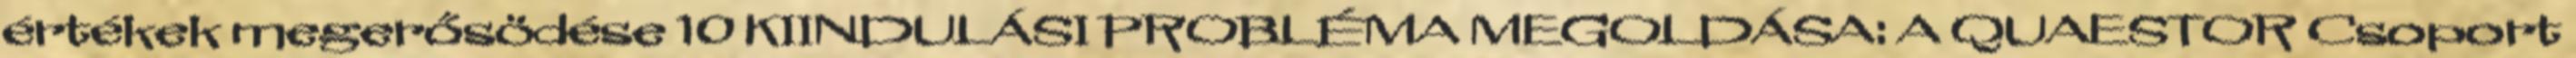
értékek megerősödése 10 KIINDULÁSI PROBLÉMA MEGOLDÁSA: A QUAESTOR Csoport